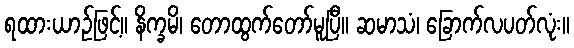
ရထားယာဉ်ဖြင့်။ နိက္ခမိ၊ တောထွက်တော်မူပြီ။ ဆမာသံ၊ ခြောက်လပတ်လုံး။